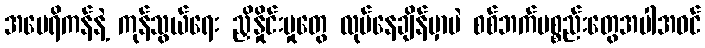
အမေရိကန်နဲ့ ကုန်သွယ်ရေး ညှိနှိုင်းမှုတွေ လုပ်နေချိန်မှာပဲ စစ်ဘက်ပစ္စည်းတွေအပါအဝင်